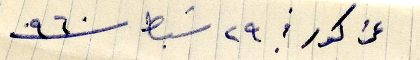
عن كور في ٢٩ شباط سنة ٩٦٠